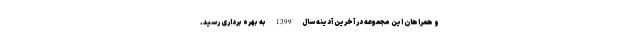
و همراهان این مجموعه در آخرین آدینه سال 1399 به بهره برداری رسید.